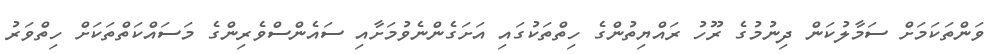
ވަންތަކަމަށް ސަމާލުކަން ދިނުމުގެ ރޫހު ރައްޔިތުންގެ ހިތްތަކުގައި އަށަގެންނެވުމަށާއި ސައެންސްވެރިންގެ މަސައްކަތްތަކަށް ހިތްވަރު